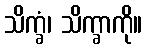
သိက္ခံ၊ သိက္ခာကို။